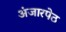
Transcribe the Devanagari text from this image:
अंजारपेठ